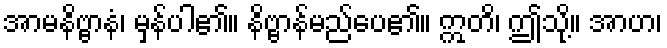
အာမနိဗ္ဗာနံ၊ မှန်ပါ၏။ နိဗ္ဗာန်မည်ပေ၏။ ဣတိ၊ ဤသို့။ အာဟ၊